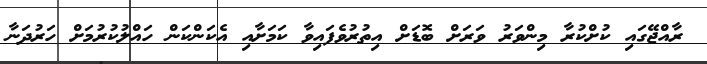
ރާއްޖޭގައި ކުށްކުރާ މިންވަރު ވަރަށް ބޮޑަށް އިތުރުވެފައިވާ ކަމަށާއި އެކަންކަން ހައްލުކުރުމަށް ހަރުދަނާ